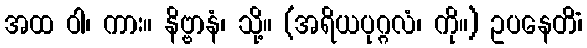
အထ ဝါ၊ ကား။ နိဗ္ဗာနံ၊ သို့။ (အရိယပုဂ္ဂလံ၊ ကို။) ဥပနေတိံ၊